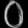
Digit: ၀